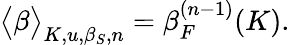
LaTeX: \big<\beta\big>_{K,u,\beta_{S},n}=\beta_{F}^{(n-1)}(K).